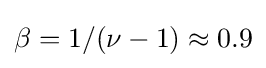
\beta =1/(\nu -1)\approx 0.9